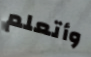
وأتعلم